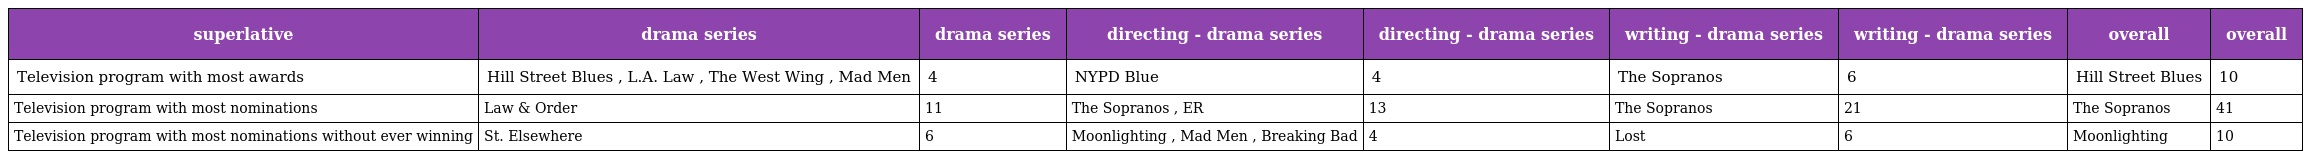
| superlative | drama series | drama series | directing - drama series | directing - drama series | writing - drama series | writing - drama series | overall | overall |
 | --- | --- | --- | --- | --- | --- | --- | --- | --- |
 | Television program with most awards | Hill Street Blues , L.A. Law , The West Wing , Mad Men | 4 | NYPD Blue | 4 | The Sopranos | 6 | Hill Street Blues | 10 |
 | Television program with most nominations | Law & Order | 11 | The Sopranos , ER | 13 | The Sopranos | 21 | The Sopranos | 41 |
 | Television program with most nominations without ever winning | St. Elsewhere | 6 | Moonlighting , Mad Men , Breaking Bad | 4 | Lost | 6 | Moonlighting | 10 |